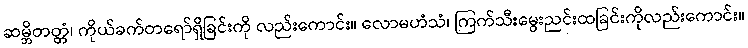
ဆမ္ဘိတတ္တံ၊ ကိုယ်ခက်တရော်ရှိခြင်းကို လည်းကောင်း။ လောမဟံသံ၊ ကြက်သီးမွေးညင်းထခြင်းကိုလည်းကောင်း။